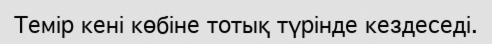
Темір кені көбіне тотық түрінде кездеседі.